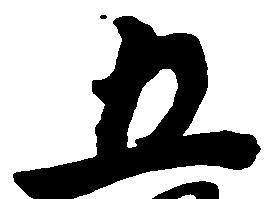
五